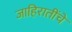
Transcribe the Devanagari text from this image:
जाहिरातींचे